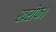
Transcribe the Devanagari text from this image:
खरीफ।